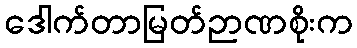
ဒေါက်တာမြတ်ဉာဏစိုးက